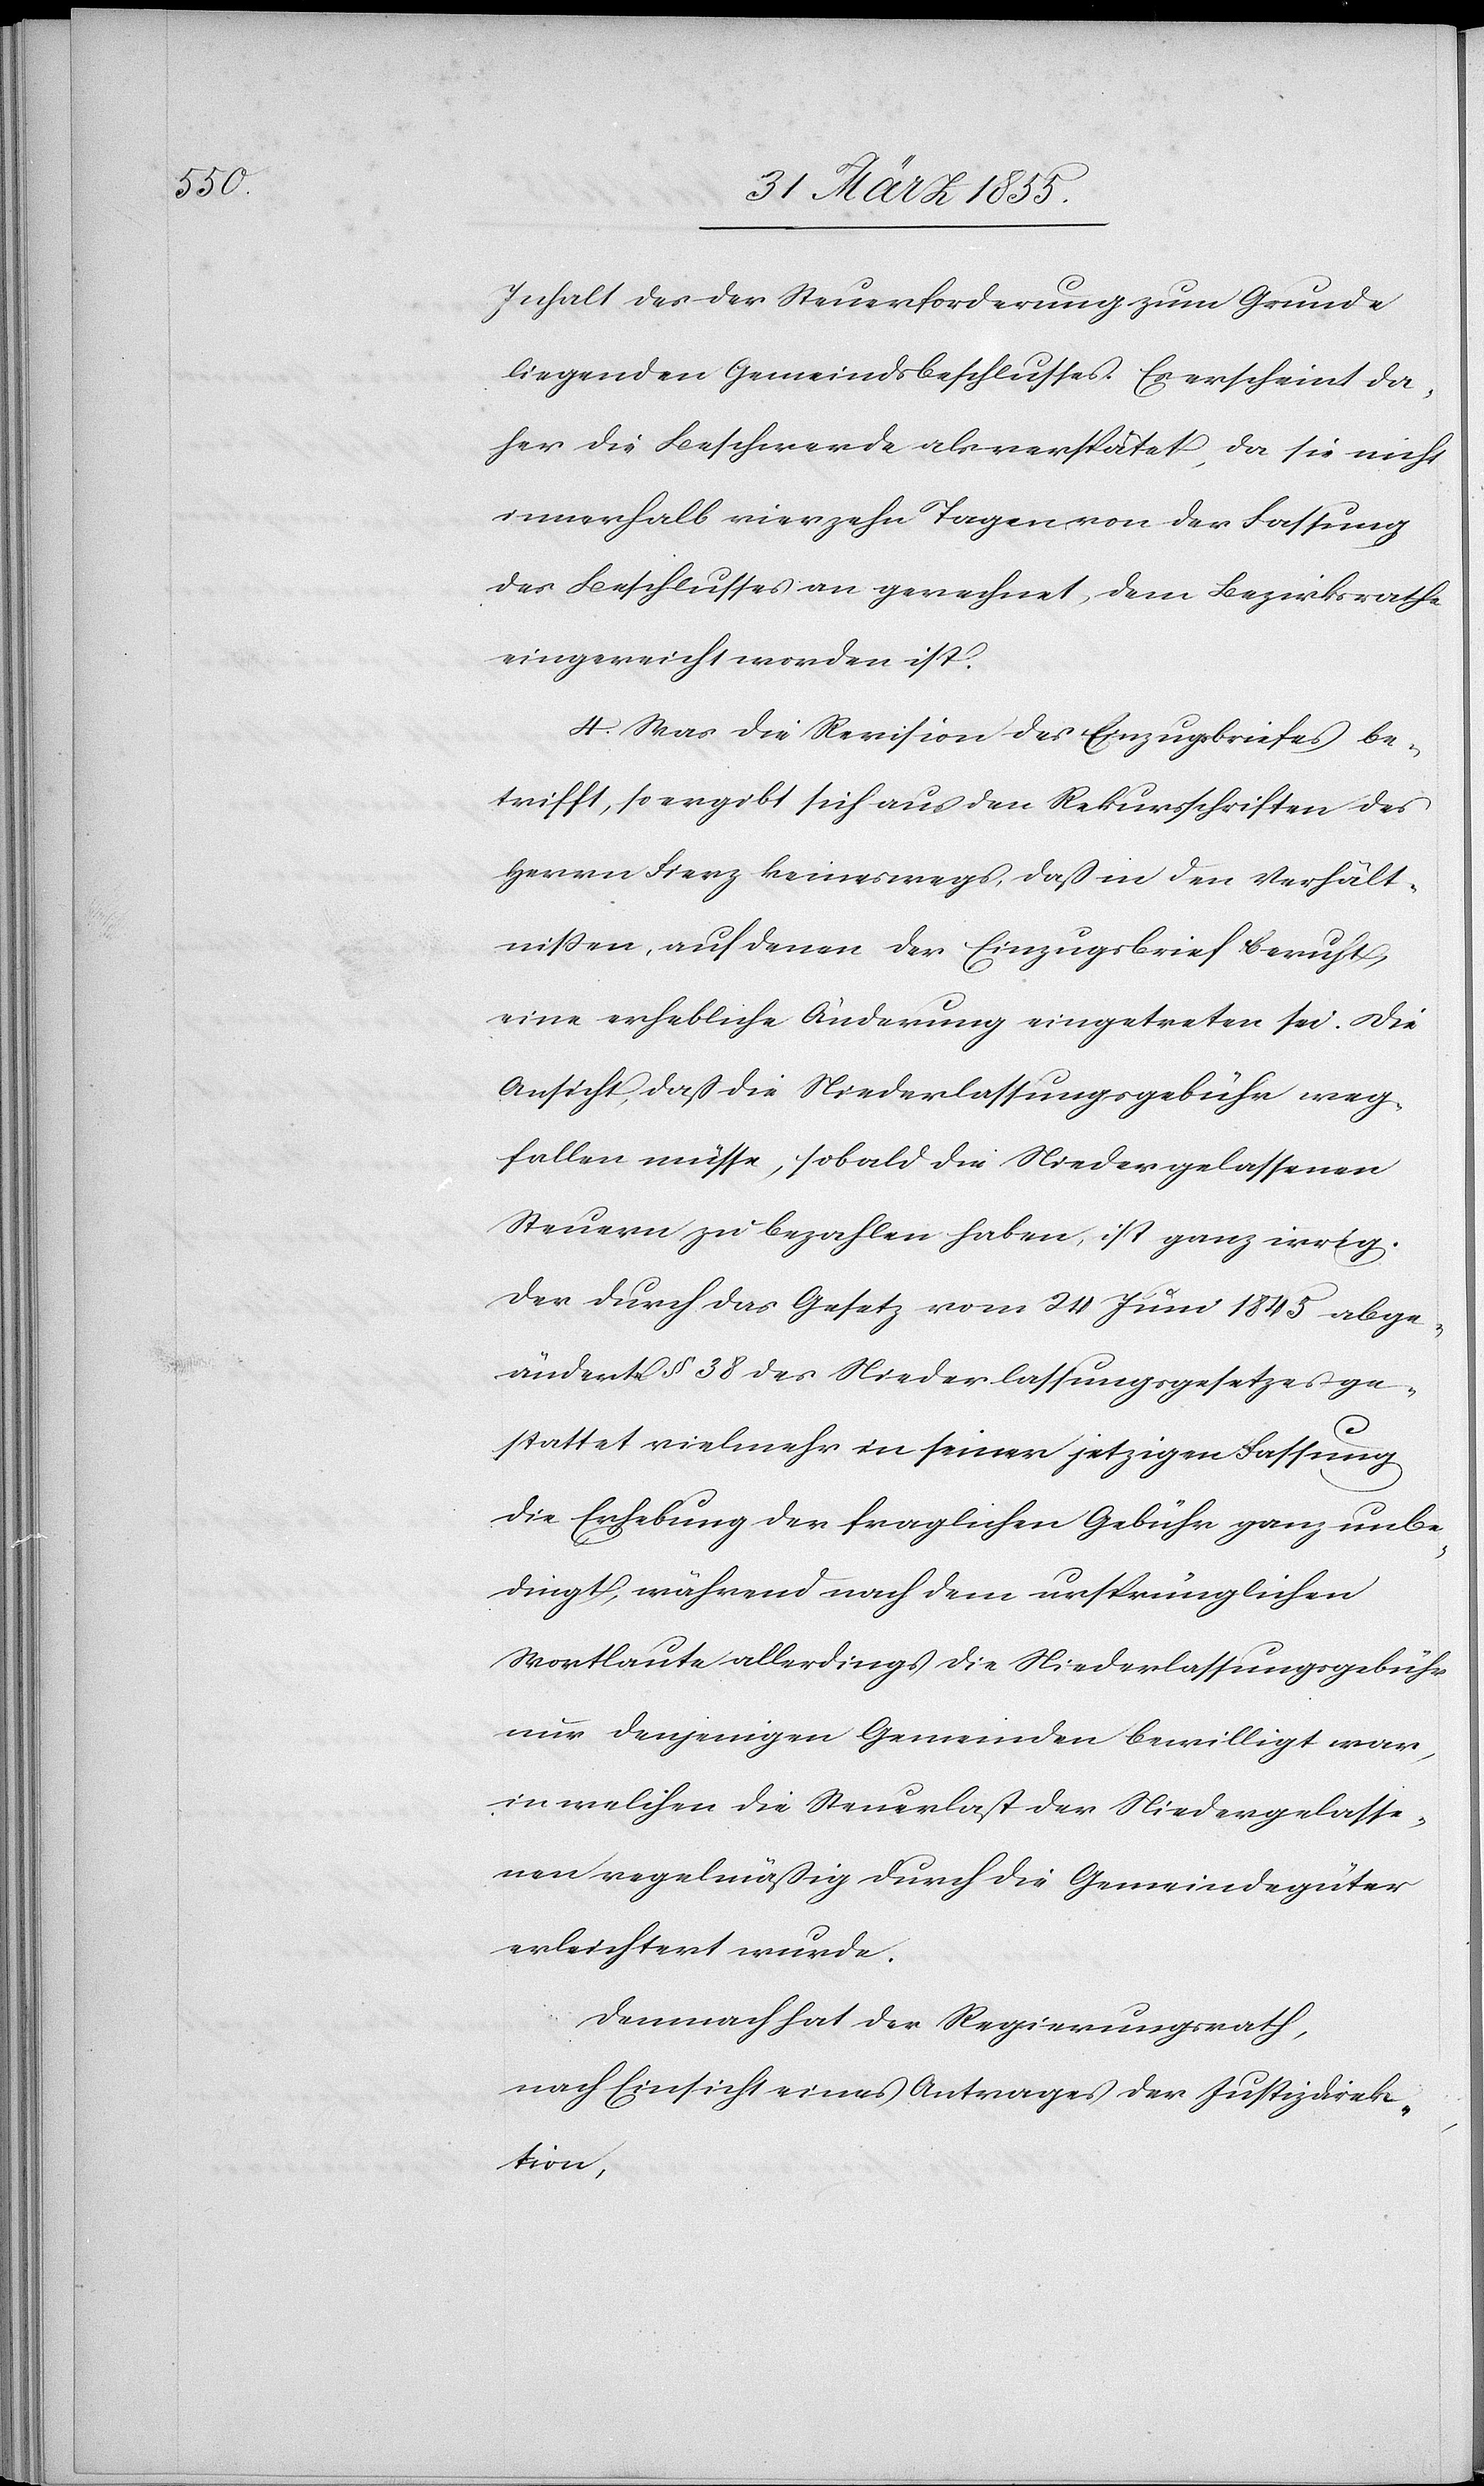
Inhalt des der Steuerforderung zum Grunde
liegenden Gemeindsbeschlusses. Es erscheint da¬
her die Beschwerde als verspätet, da sie nicht
innerhalb vierzehn Tagen von der Fassung
des Beschlusses an gerechnet, dem Bezirksrathe
eingereicht worden ist.
4. Was die Revision des Einzugsbriefes be¬
trifft, so ergibt sich aus den Rekursschriften des
Herrn Fierz keineswegs, daß in den Verhält¬
nissen, auf denen der Einzugsbrief beruht,
eine erhebliche Änderung eingetreten sei. Die
Ansicht, daß die Niederlassungsgebühr weg¬
fallen müsse, sobald die Niedergelassenen
Steuern zu bezahlen haben, ist ganz irrig.
Der durch das Gesetz vom 24 Juni 1845 abge¬
änderte § 38 des Niederlassungsgesetzes ge¬
stattet vielmehr in seiner jetzigen Fassung
die Erhebung der fraglichen Gebühr ganz unbe¬
dingt, während nach dem ursprünglichen
Wortlaute allerdings die Niederlassungsgebühr
nur denjenigen Gemeinden bewilligt war,
in welchen die Steuerlast der Niedergelasse¬
nen regelmäßig durch die Gemeindegüter
erleichtert wurde.
Demnach hat der Regierungsrath,
nach Einsicht eines Antrages der Justizdirek¬
tion,